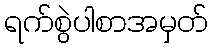
ရက်စွဲပါစာအမှတ်